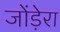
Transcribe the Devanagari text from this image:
जोंड़ेरा